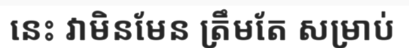
នេះ វាមិនមែន ត្រឹមតែ សម្រាប់